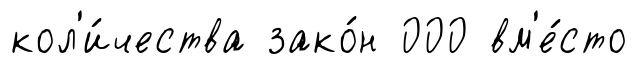
кол'и́чества зако́н 000 вм'е́сто